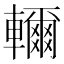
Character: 𮝭